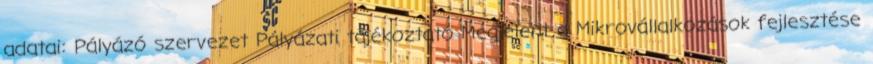
adatai: Pályázó szervezet Pályázati tájékoztató Megjelent a Mikrovállalkozások fejlesztése